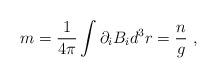
LaTeX: \begin{align*}m = \frac{1}{4\pi}\int{\partial_i B_i d^3r} = \frac{n}{g} \ ,\end{align*}